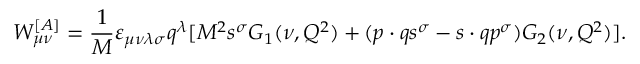
W _ { \mu \nu } ^ { [ A ] } = \frac { 1 } { M } \varepsilon _ { \mu \nu \lambda \sigma } q ^ { \lambda } [ M ^ { 2 } s ^ { \sigma } G _ { 1 } ( \nu , Q ^ { 2 } ) + ( p \cdot q s ^ { \sigma } - s \cdot q p ^ { \sigma } ) G _ { 2 } ( \nu , Q ^ { 2 } ) ] .